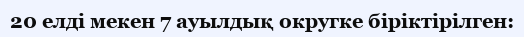
20 елді мекен 7 ауылдық округке біріктірілген: